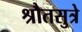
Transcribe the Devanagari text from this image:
श्रौतसुत्रे